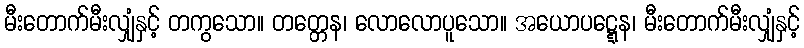
မီးတောက်မီးလျှံနှင့် တကွသော။ တတ္တေန၊ လောလောပူသော။ အယောပဋ္ဋေန၊ မီးတောက်မီးလျှံနှင့်